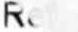
RE